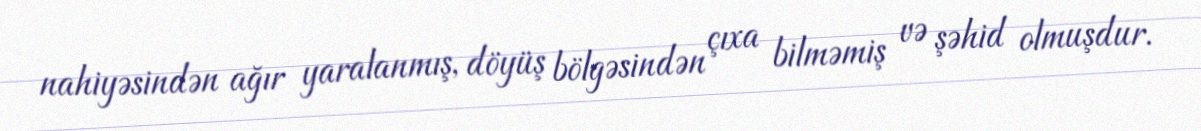
nahiyəsindən ağır yaralanmış, döyüş bölgəsindən çıxa bilməmiş və şəhid olmuşdur.